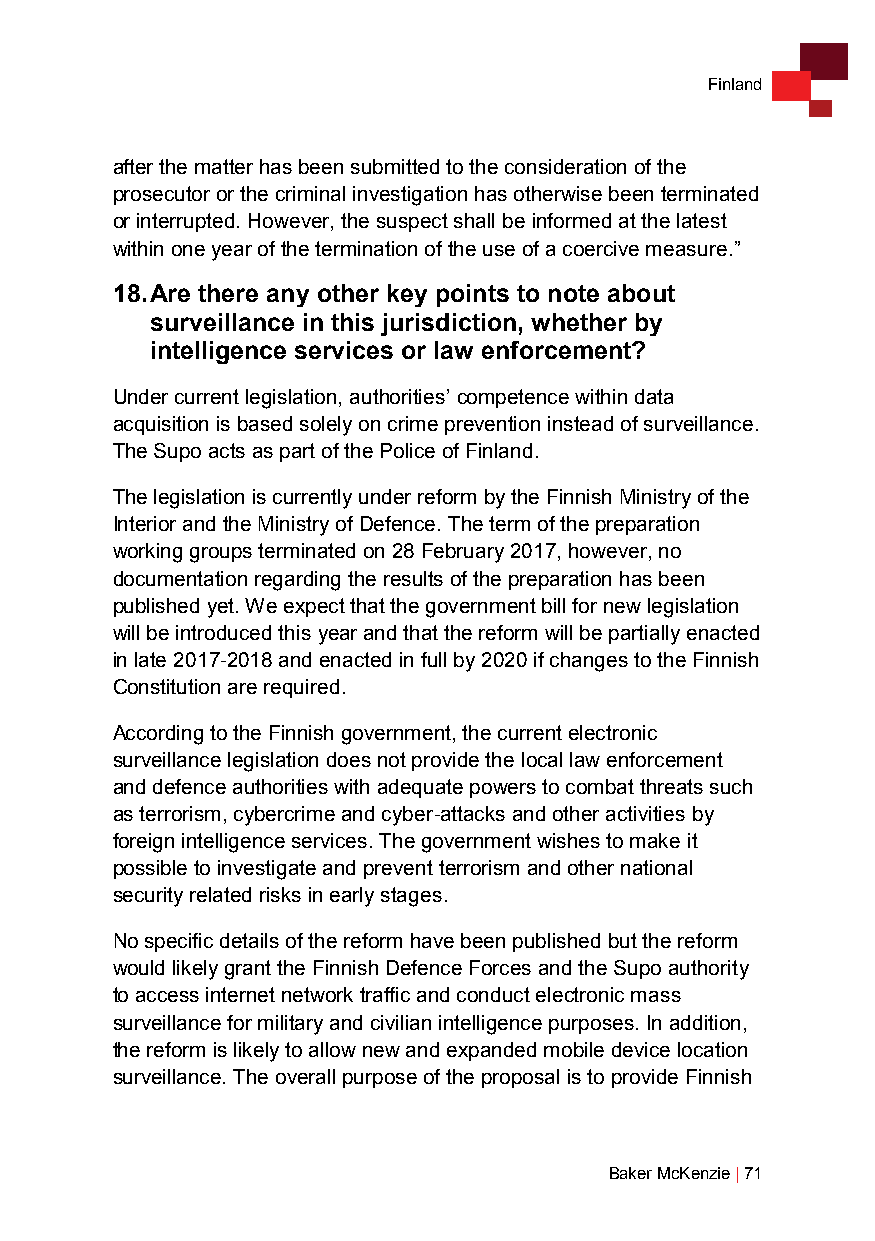
Finland
 after the matter has been submitted to the consideration of the
 prosecutor or the criminal investigation has otherwise been terminated
 or interrupted. However, the suspect shall be informed at the latest
 within one year of the termination of the use of a coercive measure.”
 18. Are there any other key points to note about
 surveillance in this jurisdiction, whether by
 intelligence services or law enforcement?
 Under current legislation, authorities’ competence within data
 acquisition is based solely on crime prevention instead of surveillance.
 The Supo acts as part of the Police of Finland.
 The legislation is currently under reform by the Finnish Ministry of the
 Interior and the Ministry of Defence. The term of the preparation
 working groups terminated on 28 February 2017, however, no
 documentation regarding the results of the preparation has been
 published yet. We expect that the government bill for new legislation
 will be introduced this year and that the reform will be partially enacted
 in late 2017-2018 and enacted in full by 2020 if changes to the Finnish
 Constitution are required.
 According to the Finnish government, the current electronic
 surveillance legislation does not provide the local law enforcement
 and defence authorities with adequate powers to combat threats such
 as terrorism, cybercrime and cyber-attacks and other activities by
 foreign intelligence services. The government wishes to make it
 possible to investigate and prevent terrorism and other national
 security related risks in early stages.
 No specific details of the reform have been published but the reform
 would likely grant the Finnish Defence Forces and the Supo authority
 to access internet network traffic and conduct electronic mass
 surveillance for military and civilian intelligence purposes. In addition,
 the reform is likely to allow new and expanded mobile device location
 surveillance. The overall purpose of the proposal is to provide Finnish
 Baker McKenzie | 71